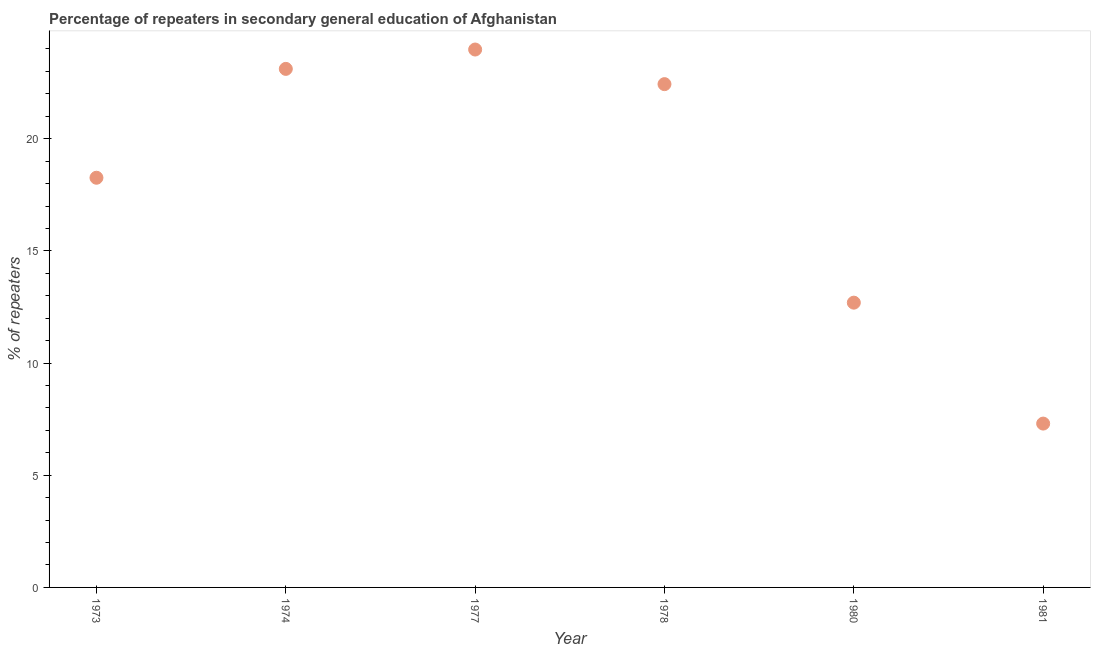
| Year | Percentage of repeaters |
 | --- | --- |
 | 1973 | 18.3 |
 | 1974 | 23.1 |
 | 1977 | 24 |
 | 1978 | 22.4 |
 | 1980 | 12.7 |
 | 1981 | 7.3 |